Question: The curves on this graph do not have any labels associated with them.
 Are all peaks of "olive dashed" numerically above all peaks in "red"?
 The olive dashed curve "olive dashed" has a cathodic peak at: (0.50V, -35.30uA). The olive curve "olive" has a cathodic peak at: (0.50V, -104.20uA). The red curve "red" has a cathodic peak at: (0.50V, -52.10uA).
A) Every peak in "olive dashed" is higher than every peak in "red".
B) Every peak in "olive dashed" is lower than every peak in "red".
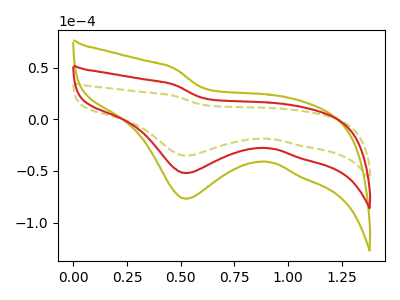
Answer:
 <answer>B) Every peak in "olive dashed" is lower than every peak in "red".</answer>
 <eval>B</eval>